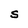
Character: S